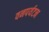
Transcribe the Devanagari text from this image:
वनपर्यटन